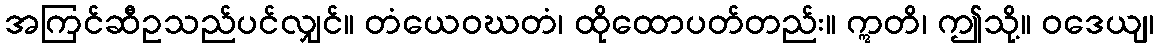
အကြင်ဆီဥသည်ပင်လျှင်။ တံယေဝဃတံ၊ ထိုထောပတ်တည်း။ ဣတိ၊ ဤသို့။ ဝဒေယျ၊